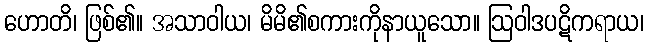
ဟောတိ၊ ဖြစ်၏။ အသာဝါယ၊ မိမိ၏စကားကိုနာယူသော။ ဩဝါဒပဋိကရာယ၊